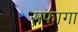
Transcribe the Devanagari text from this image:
सफागा